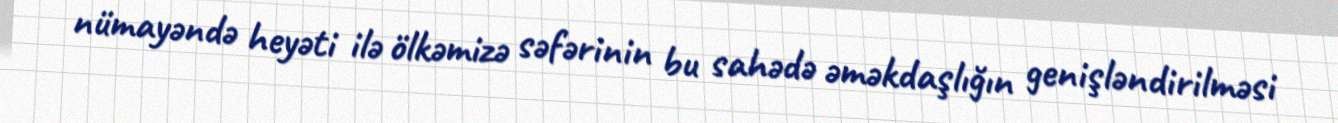
nümayəndə heyəti ilə ölkəmizə səfərinin bu sahədə əməkdaşlığın genişləndirilməsi